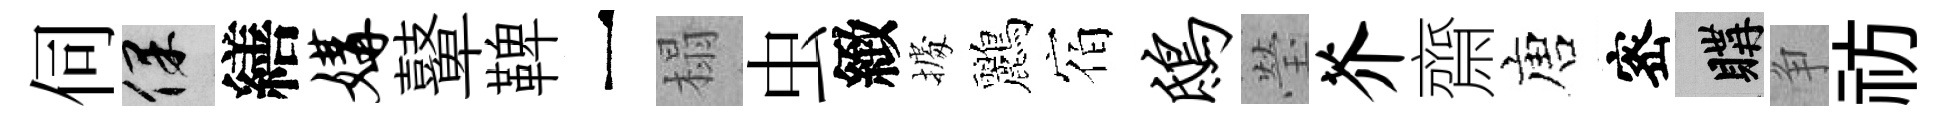
伺保繕媾鼙鞞一榻虫緻𢴃鸝宿鸱瑩芥齋唐宻購争祊